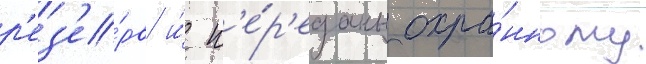
р'ез'е́рв и́ п'е́р'еданы охра́нному